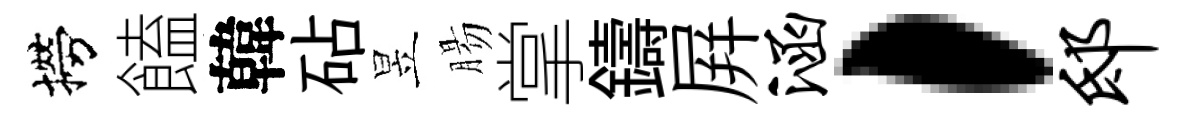
撈饁韓砧昱腸掌鑄屛涵，邸